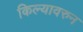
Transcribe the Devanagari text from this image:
किल्यावरुन